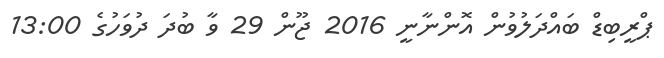
ޕްރީބިޑް ބައްދަލުވުން އޮންނާނީ 2016 ޖޫން 29 ވާ ބުދަ ދުވަހުގެ 13:00